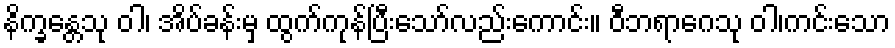
နိက္ခန္တေသု ဝါ၊ အိပ်ခန်းမှ ထွက်ကုန်ပြီးသော်လည်းကောင်း။ ဝီဘရာဂေသု ဝါ၊ကင်းသော